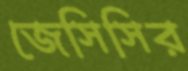
জেসিসির